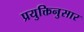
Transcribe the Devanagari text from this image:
प्रयुक्तिनुसार